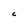
Character: c